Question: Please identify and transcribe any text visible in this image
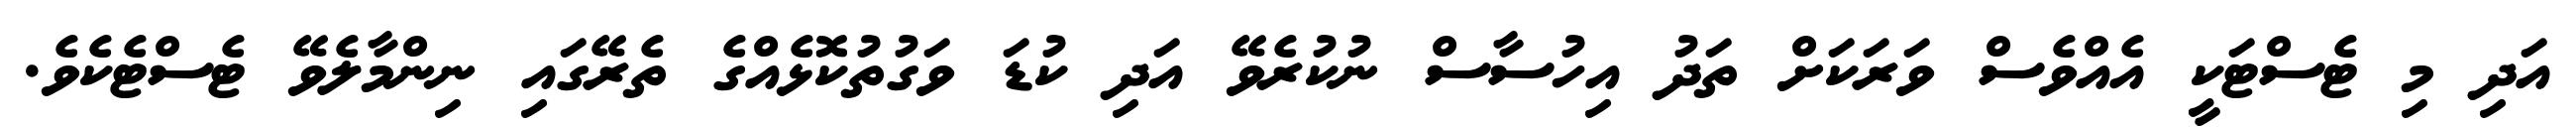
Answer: އަދި މި ޓެސްޓަކީ އެއްވެސް ވަރަކަށް ތަދު އިހުސާސް ނުކުރެވޭ އަދި ކުޑަ ވަގުތުކޮޅެއްގެ ތެރޭގައި ނިންމާލެވޭ ޓެސްޓެކެވެ.